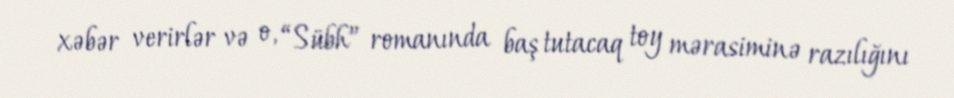
xəbər verirlər və o, “Sübh” romanında baş tutacaq toy mərasiminə razılığını